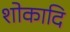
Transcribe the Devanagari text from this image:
शोकादि